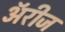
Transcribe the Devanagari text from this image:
अॅरीज